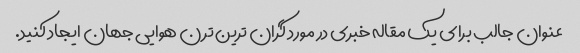
عنوان جالب برای یک مقاله خبری در مورد گران ترین ترن هوایی جهان ایجاد کنید.